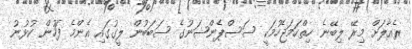
ރެއާލަށް މިރޭ ލިބޭނެ ހިތްހަމަޖެހުމަކީ ސަސްޕެންޝަނުގެ ސަބަބުން ލީގުގައި އެންމެ ފަހުން ކުޅުނު